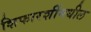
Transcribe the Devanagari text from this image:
शिफारशींमधील